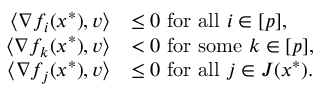
\begin{array} { r l } { \langle \nabla f _ { i } ( x ^ { * } ) , v \rangle } & { \leq 0 ~ \mathrm { f o r ~ a l l } ~ i \in [ p ] , } \\ { \langle \nabla f _ { k } ( x ^ { * } ) , v \rangle } & { < 0 ~ \mathrm { f o r ~ s o m e } ~ k \in [ p ] , } \\ { \langle \nabla f _ { j } ( x ^ { * } ) , v \rangle } & { \leq 0 ~ \mathrm { f o r ~ a l l } ~ j \in J ( x ^ { * } ) . } \end{array}